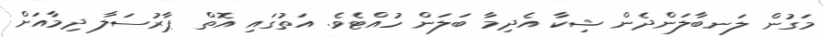
މަގުން ލަނބާލަންދެން ޝިކާ އެދިމާ ބަލަން ހުއްޓެވެ. އަތުގައި އޮތް ޕާރުސަލާ ދިމާއަށް